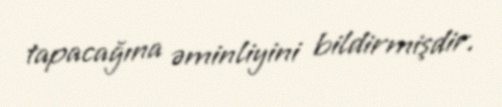
tapacağına əminliyini bildirmişdir.